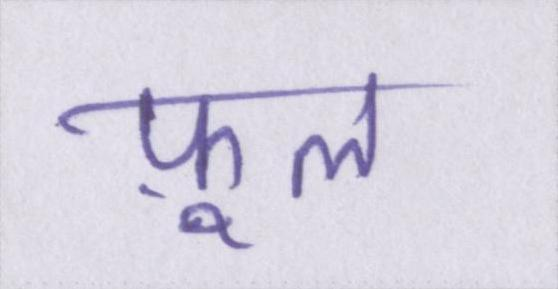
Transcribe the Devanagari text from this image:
फ़ूल